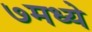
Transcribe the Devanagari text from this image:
७मध्ये